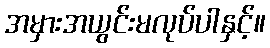
အမှားအယွင်းမလုပ်ပါနှင့်။